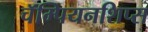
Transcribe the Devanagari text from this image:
चॅम्पियनशिप्स